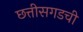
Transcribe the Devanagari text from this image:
छत्तीसगडची